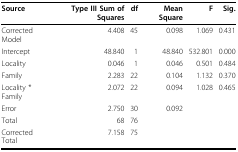
| Source | Type III Sum of Squares | df | Mean Square | F | Sig. |
 | --- | --- | --- | --- | --- | --- |
 | Corrected Model | 4.408 | 45 | 0.098 | 1.069 | 0.431 |
 | Intercept | 48.840 | 1 | 48.840 | 532.801 | 0.000 |
 | Locality | 0.046 | 1 | 0.046 | 0.501 | 0.484 |
 | Family | 2.283 | 22 | 0.104 | 1.132 | 0.370 |
 | Locality * Family | 2.072 | 22 | 0.094 | 1.028 | 0.465 |
 | Error | 2.750 | 30 | 0.092 |  |  |
 | Total | 68 | 76 |  |  |  |
 | Corrected Total | 7.158 | 75 |  |  |  |